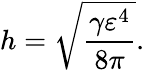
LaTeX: h=\sqrt[]{\frac{\gamma\varepsilon^{4}}{8\pi}}.